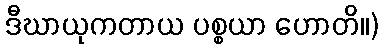
ဒီဃာယုကတာယ ပစ္စယာ ဟောတိ။)